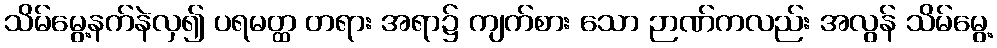
သိမ်မွေ့နက်နဲလှ၍ ပရမတ္ထ တရား အရာ၌ ကျက်စား သော ဉာဏ်ကလည်း အလွန် သိမ်မွေ့